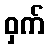
ဝှက်